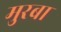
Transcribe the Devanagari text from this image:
मुरबा